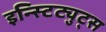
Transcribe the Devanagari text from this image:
इन्स्टिट्युट्स